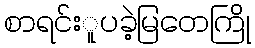
စာရင်းူပခဲ့မြတေကြို